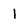
Character: I